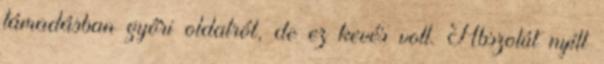
támadásban győri oldalról, de ez kevés volt. Abszolút nyílt